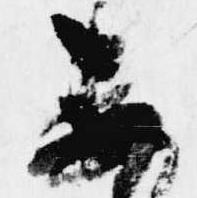
不